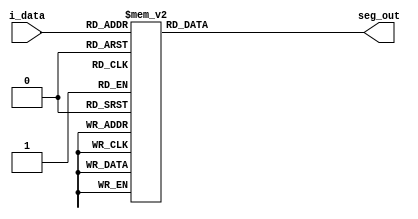
`timescale 1ns / 1ps
//////////////////////////////////////////////////////////////////////////////////
// Company: 
// Engineer: 
// 
// Design Name: 
// Module Name: Seven_seg
// Project Name: 
// Target Devices: 
// Tool Versions: 
// Description: 
// 
// Dependencies: 
// 
// Revision:
// Revision 0.01 - File Created
// Additional Comments:
// 
//////////////////////////////////////////////////////////////////////////////////

`define DATA_WID 4
`define SEVEN_SEG_WIDTH 7
module Seven_seg(
input [`DATA_WID-1:0] i_data , 
output [`SEVEN_SEG_WIDTH-1:0] seg_out
    );
    reg [`SEVEN_SEG_WIDTH-1:0] seg ;
always @(*)
   begin     //g f e d c b a //
         case (i_data)
      4'b0000: seg = 7'b1000_000 ; ///0//
      4'b0001: seg = 7'b1111_001;  //1//
      4'b0010: seg = 7'b0100_100;  //2//
      4'b0011: seg = 7'b0110_000;  //3//
      4'b0100: seg = 7'b0011_001;  //4//
      4'b0101: seg = 7'b0010_010;  //5//
      4'b0110: seg = 7'b0000_010;  //6/
      4'b0111: seg = 7'b1111_000;  //7//
      4'b1000: seg = 7'b0000_000;  //8//
      4'b1001: seg = 7'b0011_000;  ///9//
      4'b1010: seg = 7'b0001_000;  //A//
      4'b1011: seg = 7'b0000_011;  //B//
      4'b1100: seg = 7'b1000_110;  //C//
      4'b1101: seg = 7'b0100_001;   //D//
      4'b1110: seg = 7'b0000_110;   //E//
      default : seg = 7'b001_110;  //F//
      endcase
      //default : seg = 7'b0000_0000;
   end   
        assign seg_out = seg ;
endmodule